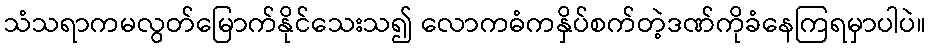
သံသရာကမလွတ်မြောက်နိုင်သေးသ၍ လောကဓံကနှိပ်စက်တဲ့ဒဏ်ကိုခံနေကြရမှာပါပဲ။